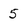
Character: 5